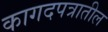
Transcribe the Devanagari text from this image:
कागदपत्रातील